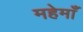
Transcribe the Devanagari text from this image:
महेमाँ